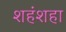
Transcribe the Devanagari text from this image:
शहंशहा